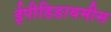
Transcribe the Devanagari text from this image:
ईपीडिडायमीस